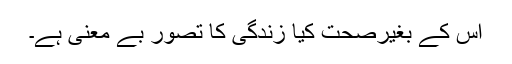
اس کے بغیرصحت کیا زندگی کا تصور بے معنی ہے۔